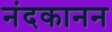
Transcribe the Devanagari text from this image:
नंदकानन